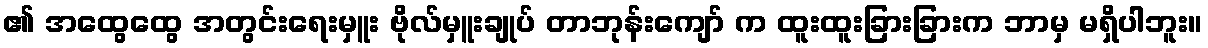
၏ အထွေထွေ အတွင်းရေးမှူး ဗိုလ်မှူးချုပ် တာဘုန်းကျော် က ထူးထူးခြားခြားက ဘာမှ မရှိပါဘူး။